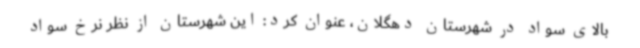
بالای سواد در شهرستان دهگلان، عنوان کرد: این شهرستان از نظر نرخ سواد